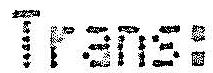
TRANS: